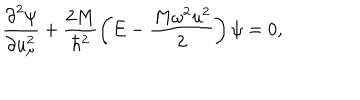
\frac { { \partial } ^ { 2 } \psi } { \partial u _ { \mu } ^ { 2 } } + \frac { 2 M } { \hbar ^ { 2 } } \left( E - \frac { M \omega ^ { 2 } u ^ { 2 } } { 2 } \right) \psi = 0 ,